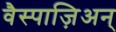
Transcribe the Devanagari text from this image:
वैस्पाज़िअन्